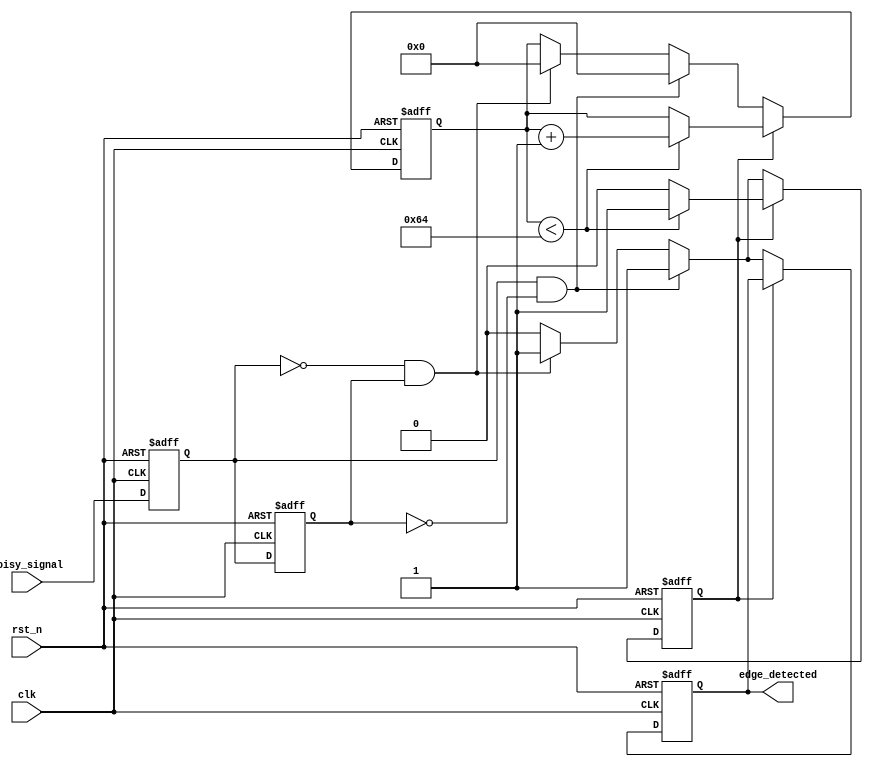
module debounced_edge_detector (
    input wire clk,                // Clock signal
    input wire rst_n,              // Active low reset
    input wire noisy_signal,        // Input signal (noisy)
    output reg edge_detected        // Output signal (debounced edge)
);

    // Parameters
    parameter DEBOUNCE_TIME = 100; // Define debounce time in clock cycles

    // State registers
    reg current_state;              // Current state of the input signal
    reg previous_state;             // Previous state of the input signal
    reg [6:0] debounce_counter;     // Counter for debounce time
    reg debounce_active;            // Flag to indicate debounce period

    // Edge detection logic
    always @(posedge clk or negedge rst_n) begin
        if (!rst_n) begin
            // Reset all registers
            current_state <= 1'b0;
            previous_state <= 1'b0;
            edge_detected <= 1'b0;
            debounce_counter <= 7'd0;
            debounce_active <= 1'b0;
        end else begin
            // Sample the current state
            previous_state <= current_state;
            current_state <= noisy_signal;

            // Edge detection
            if (!debounce_active) begin
                if (current_state && !previous_state) begin
                    // Rising edge detected
                    edge_detected <= 1'b1;
                    debounce_counter <= 7'd0; // Reset counter
                    debounce_active <= 1'b1;   // Start debounce period
                end else if (!current_state && previous_state) begin
                    // Falling edge detected
                    edge_detected <= 1'b1;
                    debounce_counter <= 7'd0; // Reset counter
                    debounce_active <= 1'b1;   // Start debounce period
                end else begin
                    edge_detected <= 1'b0; // No edge detected
                end
            end else begin
                // Debounce period is active
                if (debounce_counter < DEBOUNCE_TIME) begin
                    debounce_counter <= debounce_counter + 1'b1; // Increment counter
                end else begin
                    debounce_active <= 1'b0; // End debounce period
                end
            end
        end
    end

endmodule